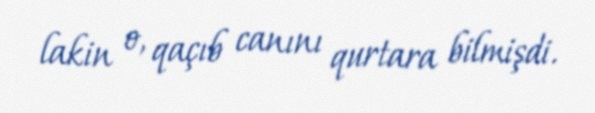
lakin o, qaçıb canını qurtara bilmişdi.